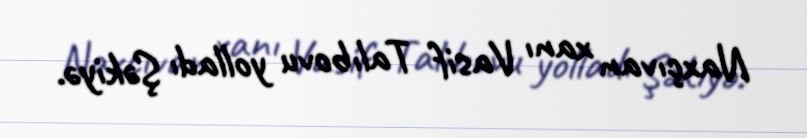
Naxçıvan xanı Vasif Talıbovu yolladı Şəkiyə.